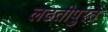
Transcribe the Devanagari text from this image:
लढतीपुरते